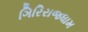
ગિરિરાજધામ